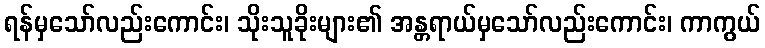
ရန်မှသော်လည်းကောင်း၊ သိုးသူခိုးများ၏ အန္တရာယ်မှသော်လည်းကောင်း၊ ကာကွယ်